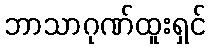
ဘာသာဂုဏ်ထူးရှင်